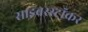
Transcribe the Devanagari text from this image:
साइबरस्टॉकर